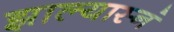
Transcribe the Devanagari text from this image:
झाल्यास्नं